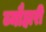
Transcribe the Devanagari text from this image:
ब्यौहारी